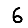
Digit: 6